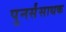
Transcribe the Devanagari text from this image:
पुनर्संसाधक